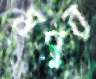
মসুর